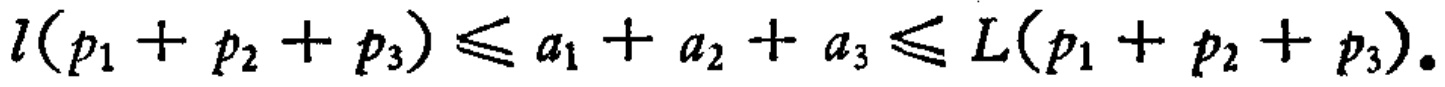
\(l(p_1 + p_2 + p_3) \leq a_1 + a_2 + a_3 \leq L(p_1 + p_2 + p_3).\)